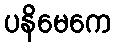
ပနိမေကေ